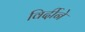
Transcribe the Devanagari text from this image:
विर्दीने